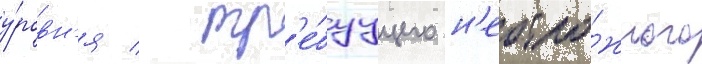
у́ровн'я / тр'е́буущего н'еотло́жного